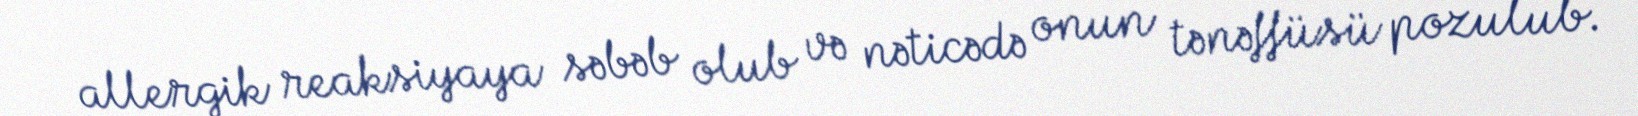
allergik reaksiyaya səbəb olub və nəticədə onun tənəffüsü pozulub.